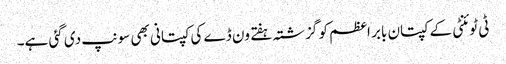
‏ ٹی ٹوئنٹی کے کپتان بابر اعظم کو گزشتہ ہفتے ون ڈے کی کپتانی بھی سونپ دی گئی ہے۔